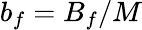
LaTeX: b_{f}=B_{f}/M